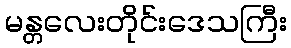
မန္တလေးတိုင်းဒေသကြီး